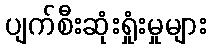
ပျက်စီးဆုံးရှုံးမှုများ